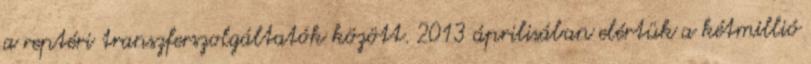
a reptéri transzferszolgáltatók között. 2013 áprilisában elértük a kétmillió